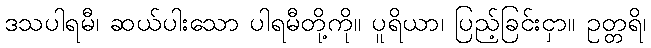
ဒသပါရမီ၊ ဆယ်ပါးသော ပါရမီတို့ကို။ ပူရိယာ၊ ပြည့်ခြင်းငှာ။ ဥတ္တရိ၊